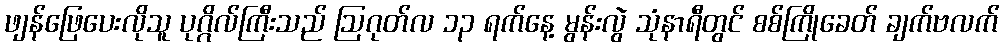
ဖျန်ဖြေပေးလိုသူ ပုဂ္ဂိလ်ကြီးသည် ဩဂုတ်လ ၁၃ ရက်နေ့ မွန်းလွဲ သုံနာရီတွင် စစ်ကြိုခေတ် ချက်ဗလက်